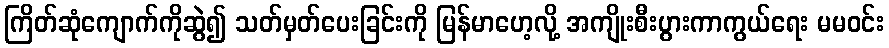
ကြိတ်ဆုံကျောက်ကိုဆွဲ၍ သတ်မှတ်ပေးခြင်းကို မြန်မာဟေ့လို့ အကျိုးစီးပွားကာကွယ်ရေး မမဝင်း